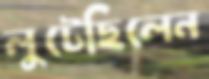
লুটেছিলেন